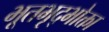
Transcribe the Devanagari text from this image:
भूतभृद्भोक्ता